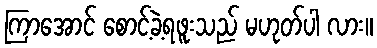
ကြာအောင် စောင့်ခဲ့ရဖူးသည် မဟုတ်ပါ လား။